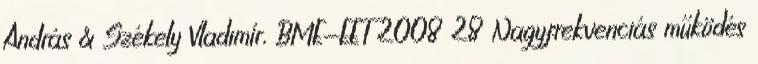
András & Székely Vladimír, BME-EET 2008 28 Nagyfrekvenciás működés